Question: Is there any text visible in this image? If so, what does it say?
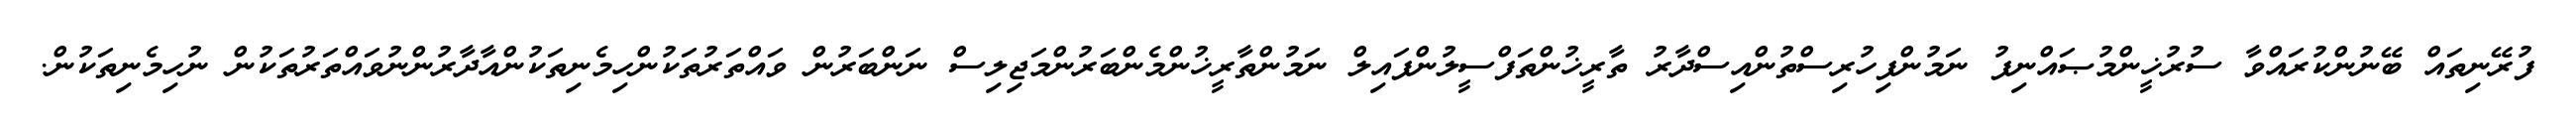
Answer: ފުރޭނިތައް ބޭނުންކުރައްވާ ސުރުޚީންމުޞައްނިފު ނަމުންފިހުރިސްތުންއިސްދާރު ތާރީޚުންތަފްސީލުންފައިލް ނަމުންތާރީޚުންމެންބަރުންމަޖިލިސް ނަންބަރުން ވައްތަރުތަކުންހިމެނިތަކުންއާދާރުންނުވައްތަރުތަކުން ނުހިމެނިތަކުން.